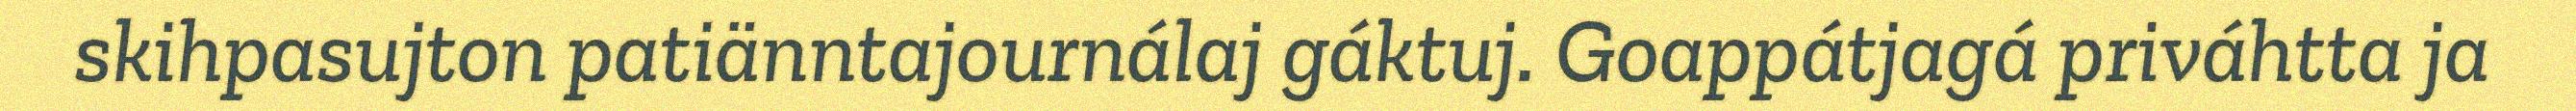
skihpasujton patiänntajournálaj gáktuj. Goappátjagá priváhtta ja